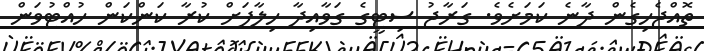
ތޮއްޖެހިގެން ދާނެ ކަމަށެވެ. ގަރާޖު ސިޓީގެ ގަވާއިދާ ހިލާފަށް ކުރާ ކަންކަން ހުއްޓުވަން